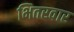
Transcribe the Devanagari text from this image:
भितरवार